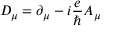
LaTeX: D _ { \mu } = \partial _ { \mu } - i { \frac { e } { \hbar } } A _ { \mu }